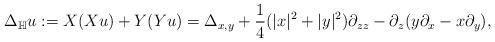
LaTeX: \begin{align*}\Delta_{\mathbb H} u:= X(X u) + Y(Yu) = \Delta_{x,y} + \frac{1}{4} (|x|^2+|y|^2) \partial_{zz} - \partial_z (y\partial_x - x\partial_y) ,\end{align*}